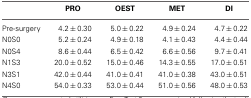
<table><thead><tr><td>[EMPTY_CELL]</td><td><b>PRO</b></td><td><b>OEST</b></td><td><b>MET</b></td><td><b>DI</b></td></tr></thead><tbody><tr><td>Pre-surgery</td><td>4.2 ± 0.30</td><td>5.0 ± 0.22</td><td>4.9 ± 0.24</td><td>4.7 ± 0.22</td></tr><tr><td>N0S0</td><td>5.2 ± 0.24</td><td>4.9 ± 0.18</td><td>4.1 ± 0.43</td><td>4.4 ± 0.44</td></tr><tr><td>N0S4</td><td>8.6 ± 0.44</td><td>6.5 ± 0.42</td><td>6.6 ± 0.56</td><td>9.7 ± 0.41</td></tr><tr><td>N1S3</td><td>20.0 ± 0.52</td><td>15.0 ± 0.46</td><td>14.3 ± 0.55</td><td>17.0 ± 0.51</td></tr><tr><td>N3S1</td><td>42.0 ± 0.44</td><td>41.0 ± 0.41</td><td>41.0 ± 0.38</td><td>43.0 ± 0.51</td></tr><tr><td>N4S0</td><td>54.0 ± 0.33</td><td>53.0 ± 0.44</td><td>51.0 ± 0.56</td><td>48.0 ± 0.53</td></tr></tbody></table>